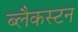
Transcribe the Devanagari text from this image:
ब्लैकस्टन